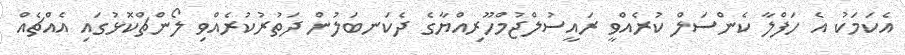
އެކަމަކު އެ ހަފްލާ ކެންސަލް ކުރެއްވީ ރައީސުލްޖުމްހޫރިއްޔާގެ ދެކަނބަލުން ދަތުރުކުރެއްވި ލޯންޗްކޮޅުގައި އެއްްޗެއް